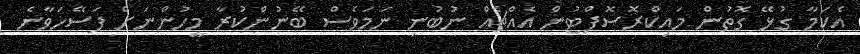
އެކަމާ ގުޅޭ ގޮތުން މައިކްރޮސޮފްޓުން އެއްޗެއް ނުބުނި ނަމަވެސް ބޭނުންކުރާ މީހުންނަށް ފަސޭހަވާނެ